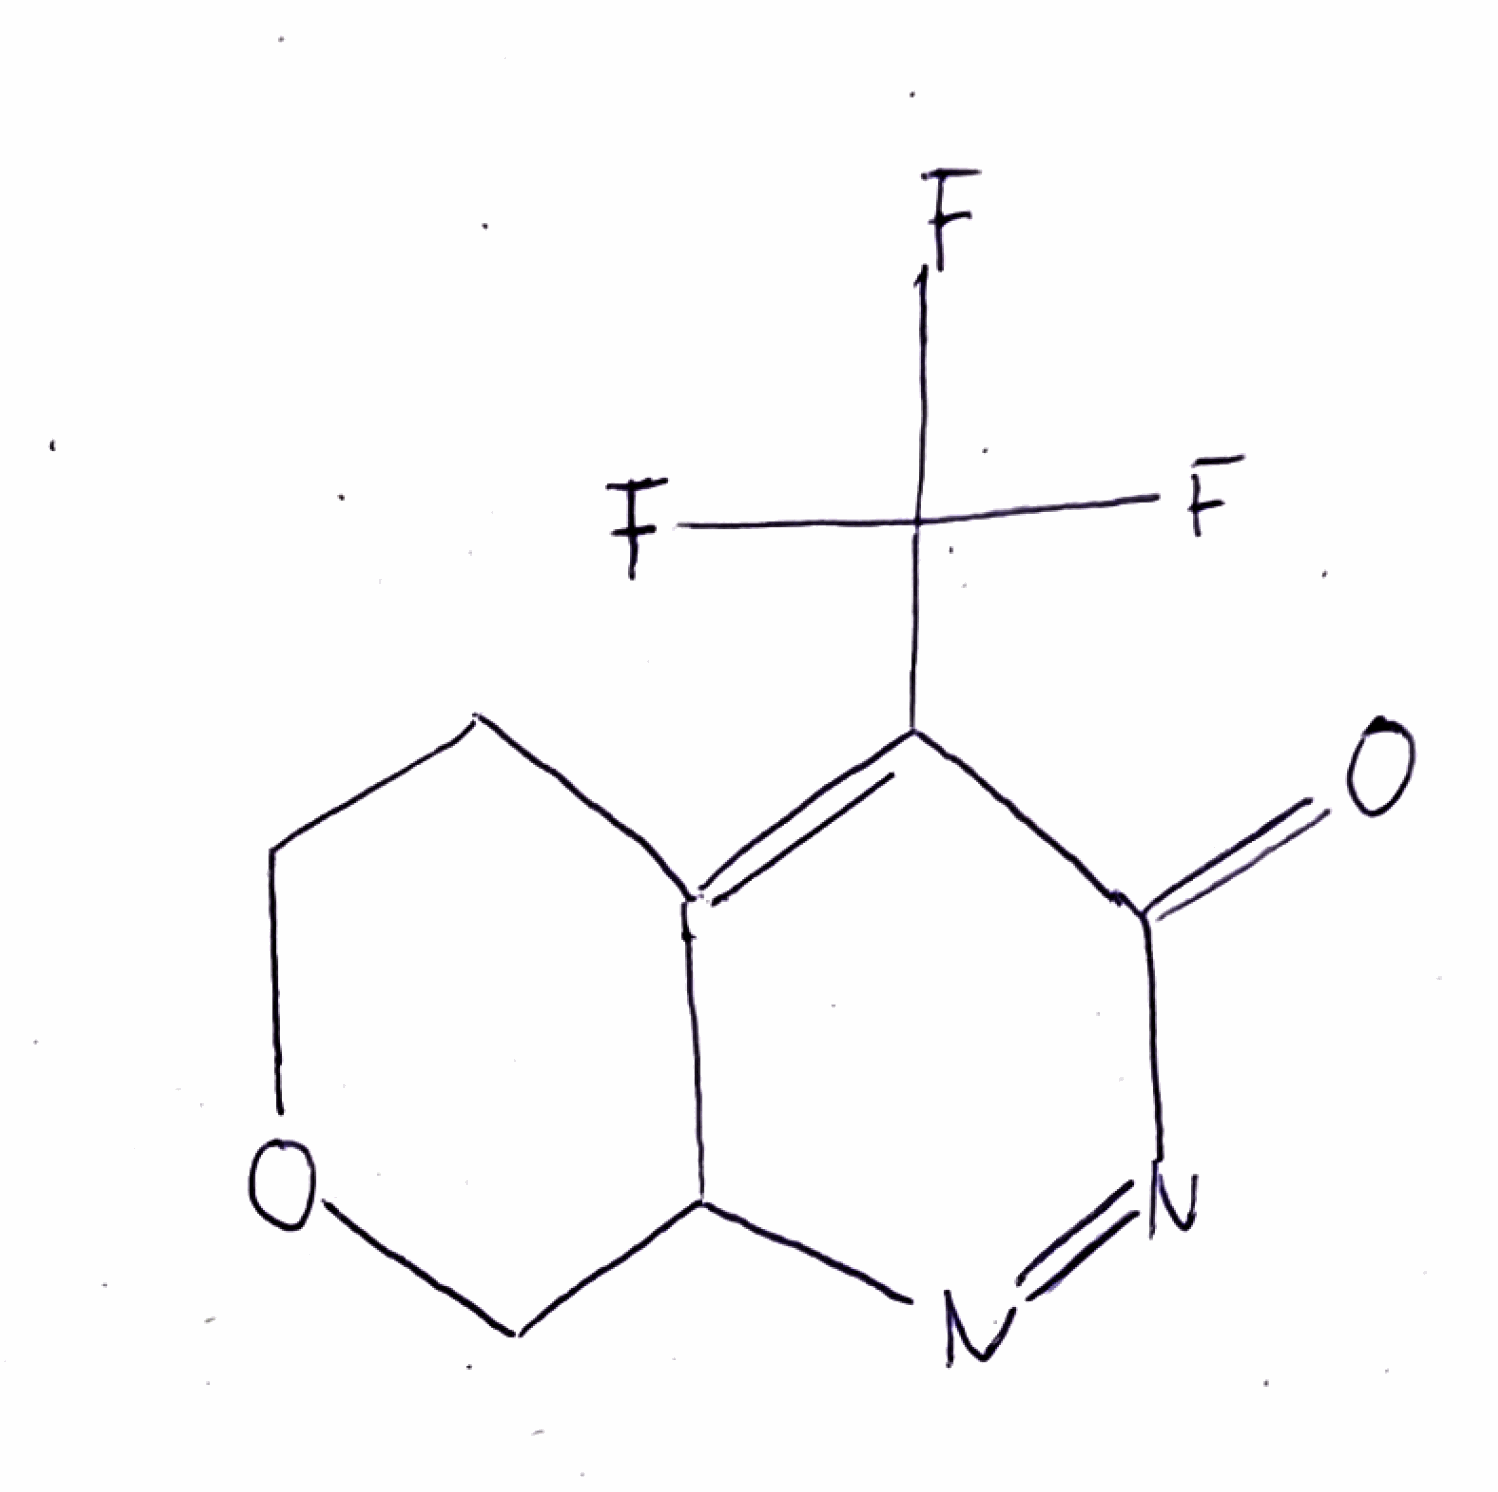
Simplified molecular-input line-entry system (SMILES) notation of the given molecule:
C1COCC2C1=C(C(=O)N=N2)C(F)(F)F